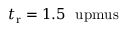
t _ { \mathrm { r } } = 1 . 5 ~ \mathrm { \ u p m u s }